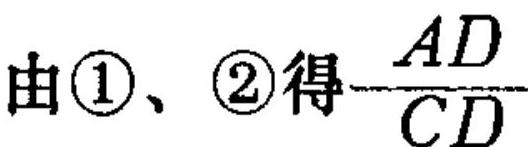
由\textcircled{1}、\textcircled{2}得$\dfrac{AD}{CD}$